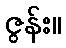
ဇွန်း။